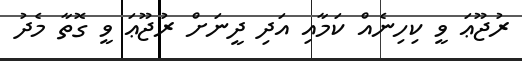
ރުޖޫޢަ ވީ ކިހިނެއް ކަމާއި އަދި ދީނަށް ރުޖޫޢަ ވީ ގޮތާ މެދު